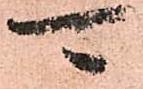
可